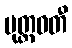
ပုတ္တဝတီ